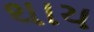
થાય